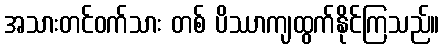
အသားတင်ဝက်သား တစ် ပိဿာကျထွက်နိုင်ကြသည်။